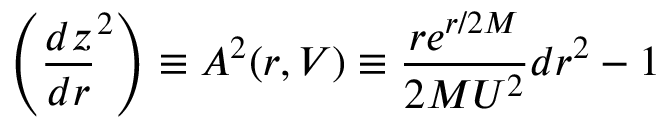
\left( \frac { d z } { d r } ^ { 2 } \right) \equiv A ^ { 2 } ( r , V ) \equiv \frac { r e ^ { r / 2 M } } { 2 M U ^ { 2 } } d r ^ { 2 } - 1